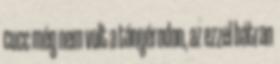
cucc még nem volt a tányérodon, az ezzel bátran